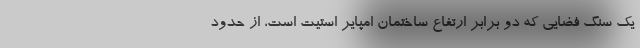
یک سنگ فضایی که دو برابر ارتفاع ساختمان امپایر استیت است، از حدود